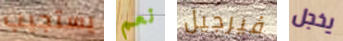
يستجيب نعم فيرجيل يخجل